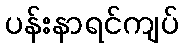
ပန်းနာရင်ကျပ်